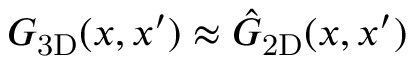
{ { G } _ { \mathrm { 3 D } } ( x , x ^ { \prime } ) \approx \hat { G } _ { \mathrm { 2 D } } ( x , x ^ { \prime } ) }